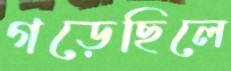
গড়েছিলে